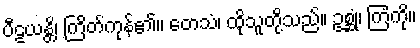
ပီဠယန္တိ၊ ကြိတ်ကုန်၏။ တေသံ၊ ထိုသူတို့သည်။ ဥစ္ဆုံ၊ ကြံကို။